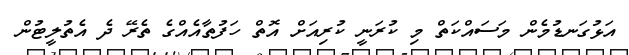
އަޅުގަނޑުމެން މަސައްކަތް މި ކުރަނީ ކުރިއަށް އޮތް ހަފުތާއެއްގެ ތެރޭ ދެ އެތުލީޓުން